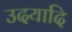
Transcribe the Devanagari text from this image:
उदयादि